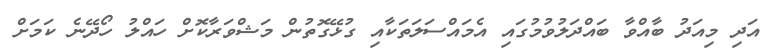
އަދި މިއަދު ބާއްވާ ބައްދަލުވުމުގައި އެމައްސަލަތަކާއި ގުޅޭގޮތުން މަޝްވަރާކޮށް ހައްލު ހޯދޭނެ ކަމަށް